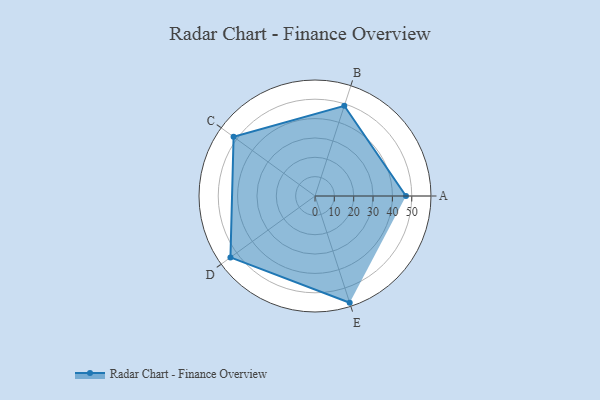
{"axis": {"x": "Skill", "y": "Score"}, "legend": ["Profile"], "data": [{"x": "A", "y": 47.0, "type": "Profile"}, {"x": "B", "y": 49.0, "type": "Profile"}, {"x": "C", "y": 52.0, "type": "Profile"}, {"x": "D", "y": 54.0, "type": "Profile"}, {"x": "E", "y": 58.0, "type": "Profile"}]}